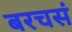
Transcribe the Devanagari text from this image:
बरचसं